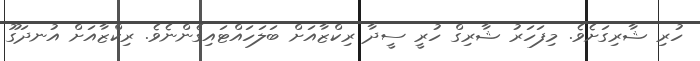
ހުރި ޝާރިގަށެވެ. މިފަހަރު ޝާރިގް ހުރީ ސީދާ ރިކްޒާއަށް ބަލަހައްޓައިގެންނެވެ. ރިކްޒާއަށް އުނދަގޫ